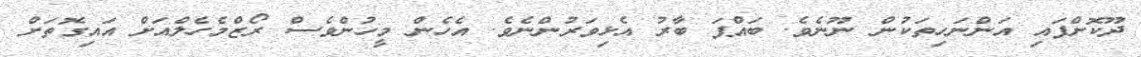
ދޫކޮށްފައި އަންނަހިތަކުން ނޫނެވެ. ބައްޕަ ބާރު އެޅިވަރުންނެވެ. އެހެން މީހުންވެސް ރޯޒްމެހެލްއަށް އައިގޮތަށް